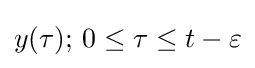
y(\tau );\,0\leq \tau \leq t-\varepsilon